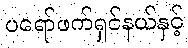
ပရော်ဖက်ရှင်နယ်နှင့်